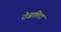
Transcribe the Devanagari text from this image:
रोजालिटा